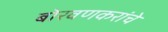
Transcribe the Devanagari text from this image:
बोरवणकरांचे